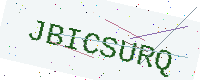
Text: JBICSURQ